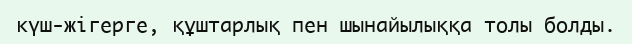
күш-жігерге, құштарлық пен шынайылыққа толы болды.